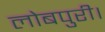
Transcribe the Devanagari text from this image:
लोबपुरी।